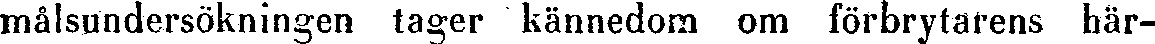
målsundersökningen tager kännedom om förbrytarens här-